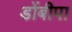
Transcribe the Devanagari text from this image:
डोंबीपा